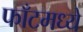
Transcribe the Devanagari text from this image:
फाँटमध्ये